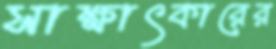
সাক্ষাৎকারের